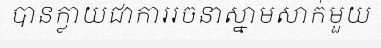
បានក្លាយជាការរចនាស្នាមសាក់មួយ